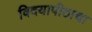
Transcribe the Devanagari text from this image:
विदयापीठाचा